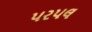
પરપલ